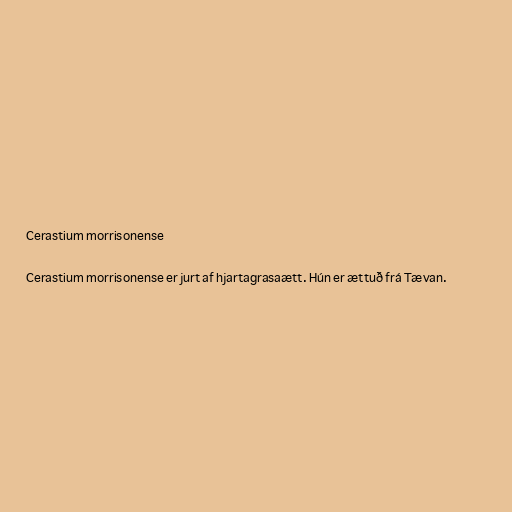
Cerastium morrisonense

Cerastium morrisonense er jurt af hjartagrasaætt. Hún er ættuð frá Tævan.